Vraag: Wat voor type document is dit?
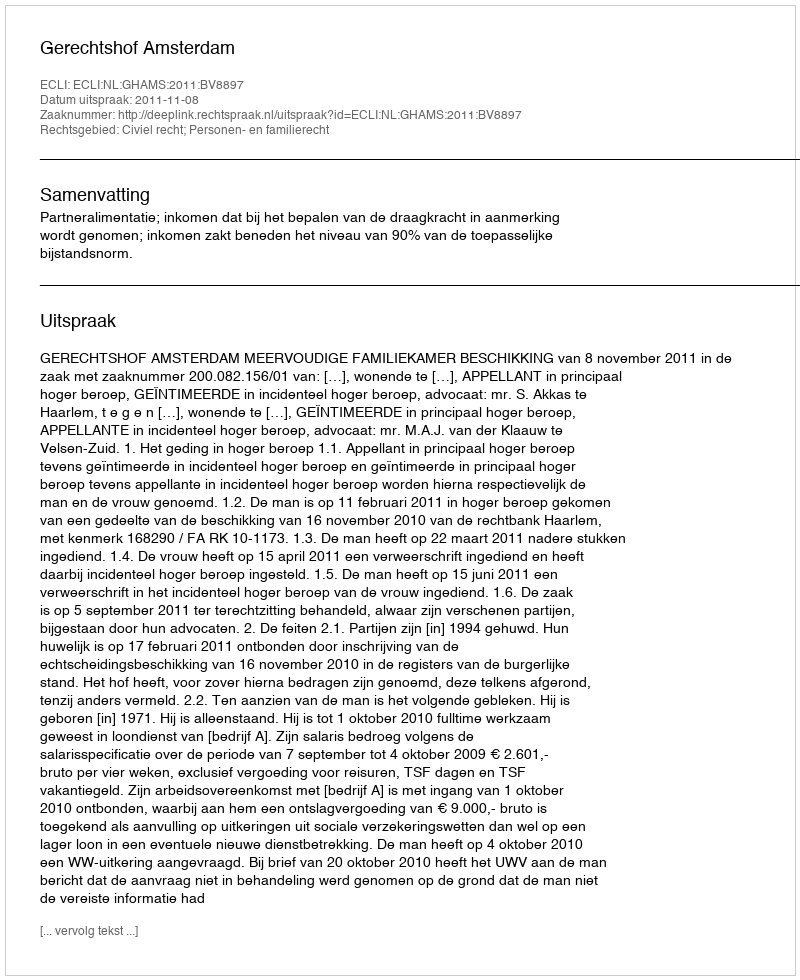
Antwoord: Uitspraak